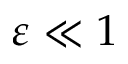
\varepsilon \ll 1